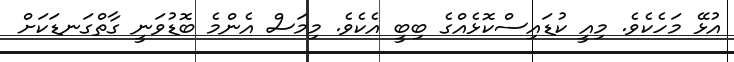
އުޅޭ މަހެކެވެ. މިއީ ކުޑައިސްކޮޅެއްގެ ބިބީ އެކެވެ. މިމަސް އެންމެ ބޮޑުވަނީ ގާތްގަނޑަކަށް